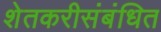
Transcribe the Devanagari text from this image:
शेतकरीसंबंधित